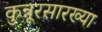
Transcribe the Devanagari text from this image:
कुन्नूरसारख्या